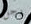
رجل